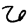
Digit: 6